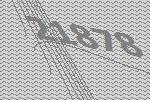
21878